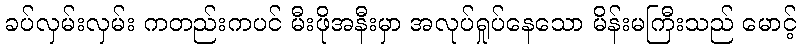
ခပ်လှမ်းလှမ်း ကတည်းကပင် မီးဖိုအနီးမှာ အလုပ်ရှုပ်နေသော မိန်းမကြီးသည် မောင့်